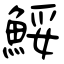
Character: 鮾